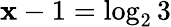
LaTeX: \mathbf{x}-1=\log_{2}3